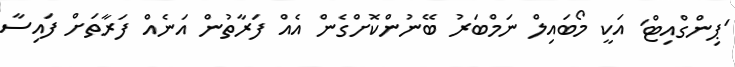
'ޕިންގްއިޓް' އަކީ މޯބައިލް ނަމްބަރު ބޭނުންކޮށްގެން އެއް ފަރާތުން އަނެއް ފަރާތަށް ފައިސާ